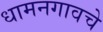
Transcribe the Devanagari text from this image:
धामनगावचे